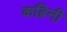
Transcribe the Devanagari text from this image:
कब्रिनी